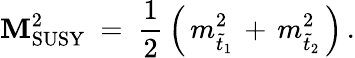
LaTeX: \mathbf{M}_{\mathrm{{SUSY}}}^{2}\ =\ \frac{{1}}{{2}}\, \Big(\, m_{\tilde{{t}}_{1}}^{2}\, +\, m_{\tilde{{t}}_{2}}^{2}\, \Big)\, .